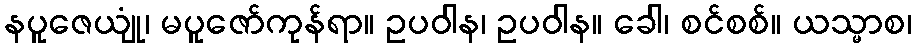
နပူဇေယျုံ၊ မပူဇော်ကုန်ရာ။ ဥပဝါန၊ ဥပဝါန။ ခေါ၊ စင်စစ်။ ယသ္မာစ၊